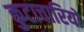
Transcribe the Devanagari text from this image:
कुटाचारियों